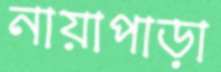
নায়াপাড়া